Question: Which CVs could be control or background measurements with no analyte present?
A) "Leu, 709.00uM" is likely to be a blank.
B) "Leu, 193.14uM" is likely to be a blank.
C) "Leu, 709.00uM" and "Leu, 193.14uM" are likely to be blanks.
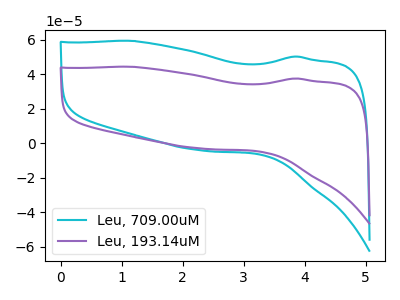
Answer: <think>The cyan curve "Leu, 709.00uM" has no peaks. The purple curve "Leu, 193.14uM" has no peaks.</think>
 <answer>C) "Leu, 709.00uM" and "Leu, 193.14uM" are likely to be blanks.</answer>
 <eval>C</eval>